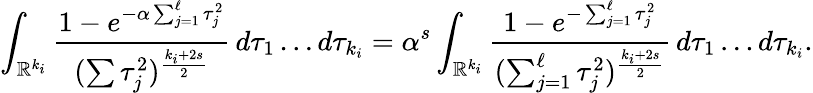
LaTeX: \int_{\mathbb{R}^{k_{i}}}\frac{1-e^{-\alpha\sum_{j=1}^{\ell}\tau_{j}^{2}}}{(\sum\tau_{j}^{2})^{\frac{k_{i}+2s}{2}}}\, d\tau_{1}\dots d\tau_{k_{i}}=\alpha^{s}\int_{\mathbb{R}^{k_{i}}}\frac{1-e^{-\sum_{j=1}^{\ell}\tau_{j}^{2}}}{(\sum_{j=1}^{\ell}\tau_{j}^{2})^{\frac{k_{i}+2s}{2}}}\, d\tau_{1}\dots d\tau_{k_{i}}.